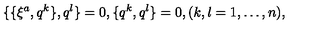
\{ \{ \xi ^ { a } , q ^ { k } \} , q ^ { l } \} = 0 , \{ q ^ { k } , q ^ { l } \} = 0 , ( k , l = 1 , \ldots , n ) ,